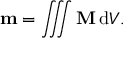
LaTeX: \mathbf { m } = \iiint \mathbf { M } \, \mathrm { d } V .